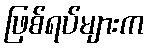
ဖြစ်ရပ်များက